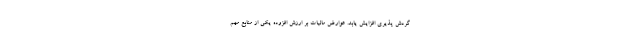
گردش پذیری افزایش یابد. عوارض مالیات بر ارزش افزوده یکی از منابع مهم